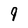
Character: 9